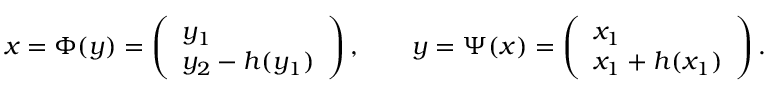
\begin{array} { r } { x = \Phi ( y ) = \left( \begin{array} { l } { y _ { 1 } } \\ { y _ { 2 } - h ( y _ { 1 } ) } \end{array} \right) , \qquad y = \Psi ( x ) = \left( \begin{array} { l } { x _ { 1 } } \\ { x _ { 1 } + h ( x _ { 1 } ) } \end{array} \right) . } \end{array}